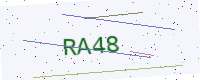
Text: RA48